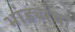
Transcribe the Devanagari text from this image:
भांड्यांचा